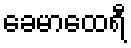
ခေမာထေရီ